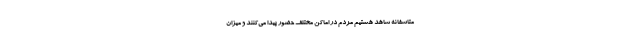
متاسفانه شاهد هستیم مردم در اماکن مختلف حضور پیدا می‌کنند و میزان